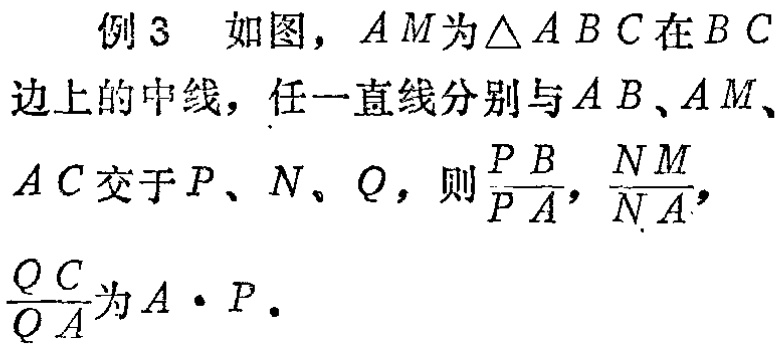
例 3 如图，$AM$为$\triangle ABC$在$BC$边上的中线，任一直线分别与$AB$、$AM$、$AC$交于$P$、$N$、$Q$，则$\frac{PB}{PA},\frac{NM}{NA},\frac{QC}{QA}$为$A\cdot P.$